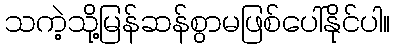
သကဲ့သို့မြန်ဆန်စွာမဖြစ်ပေါ်နိုင်ပါ။